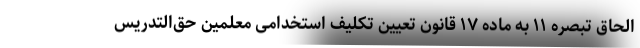
الحاق تبصره ۱۱ به ماده ۱۷ قانون تعیین تکلیف استخدامی معلمین حق‌التدریس